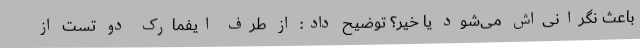
باعث نگرانی‌اش می‌شود یا خیر؟ توضیح داد: از طرف ایفمارک دو تست از